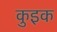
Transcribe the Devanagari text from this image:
कुइक